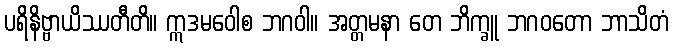
ပရိနိဗ္ဗာယိဿတီတိ။ ဣဒမဝေါစ ဘဂဝါ။ အတ္တမနာ တေ ဘိက္ခူ ဘဂဝတော ဘာသိတံ